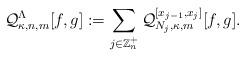
LaTeX: \begin{align*}\mathcal{Q}^\Lambda_{\kappa,n,m}[f,g]:=\sum_{j\in\mathbb{Z}_n^+}\mathcal{Q}_{N_j,\kappa,m}^{[x_{j-1},x_{j}]}[f,g].\end{align*}